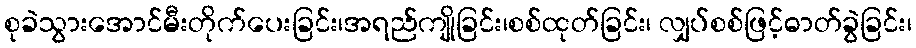
စုခဲသွားအောင်မီးတိုက်ပေးခြင်း၊အရည်ကျိုခြင်း၊စစ်ထုတ်ခြင်း၊ လျှပ်စစ်ဖြင့်ဓာတ်ခွဲခြင်း၊